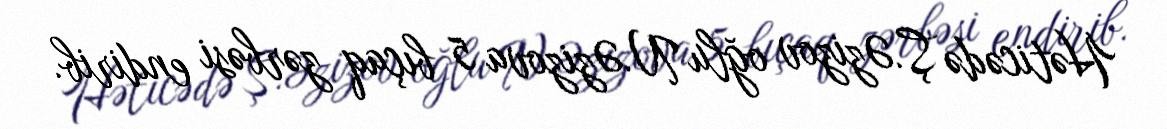
Həticədə Ş.Əzizov oğlu N.Əzizova 5 bıçaq zərbəsi endirib.